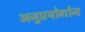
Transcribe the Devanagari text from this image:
अनुप्रयोगोन